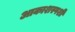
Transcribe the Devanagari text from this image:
आकाशस्पर्शी